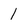
Character: 1